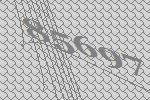
85697